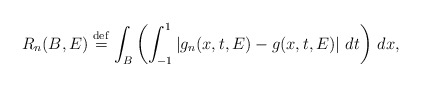
\begin{align*}R_{n}(B,E)\stackrel{\rm def}{=}\int_{B}\left( \int_{-1}^{1}\left|g_{n}(x,t,E)-g(x,t,E)\right| \,dt\right) \,dx, \end{align*}